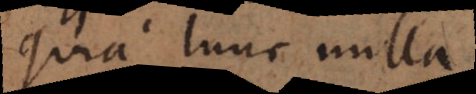
quia tunc nulla